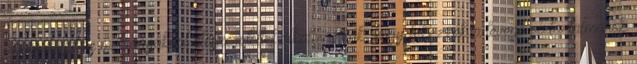
higroszkópikus műtrágyáknál előszeretettel alkalmazzák, hogy fékezzék a levegő víztartalmának